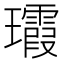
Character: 𤫑